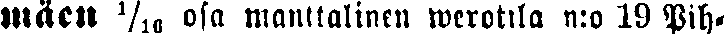
mäen ⅟₁₆ osa manttalinen werotila n:o 19 Pih-